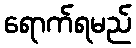
ရောက်ရမည်